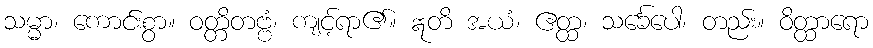
သမ္မာ၊ ကောင်းစွာ။ ဝတ္တိတဗ္ဗံ၊ ကျင့်ရာ၏။ ဣတိ အယံ၊ ဧတ္ထ၊ သင်္ခေပေါ၊ တည်း။ ဝိတ္ထာရော